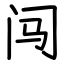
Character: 闯